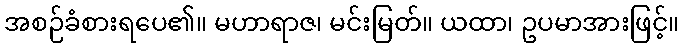
အစဉ်ခံစားရပေ၏။ မဟာရာဇ၊ မင်းမြတ်။ ယထာ၊ ဥပမာအားဖြင့်။